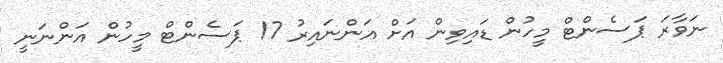
ނަވާރަ ޕަސެންޓް މީހުން ޑައިވިން އަށް އަންނައިރު 17 ޕަސެންޓް މީހުން އަންނަނީ